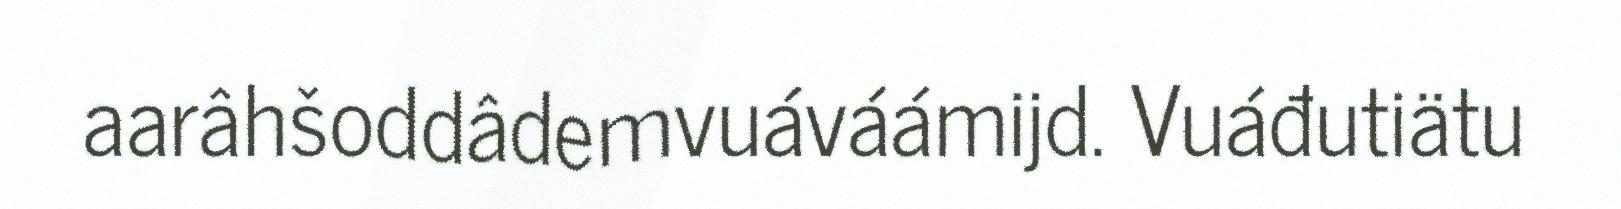
aarâhšoddâdemvuáváámijd. Vuáđutiätu